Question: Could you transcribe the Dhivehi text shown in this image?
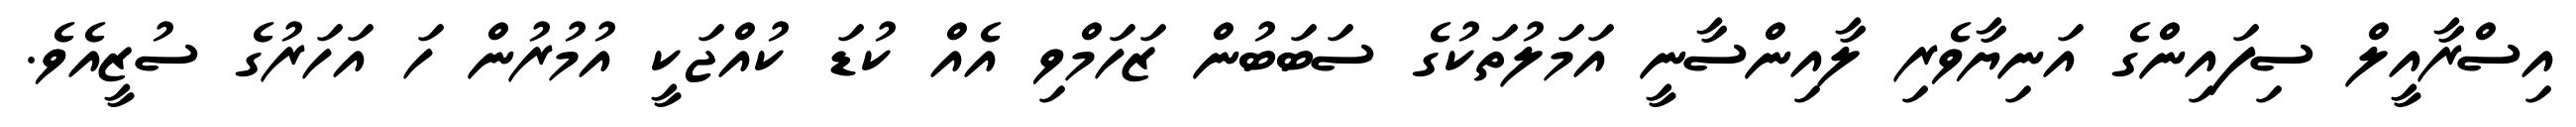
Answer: އިސްރާއީލް ސިފައިންގެ އަނިޔާވެރި ލާއިންސާނީ އަމަލުތަކުގެ ސަބަބުން ޒަހަމްވި އެއް ކުޑަ ކުއްޖަކީ އުމުރުން ހަ އަހަރުގެ ސުޒީއެވެ.